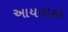
આયનોએ